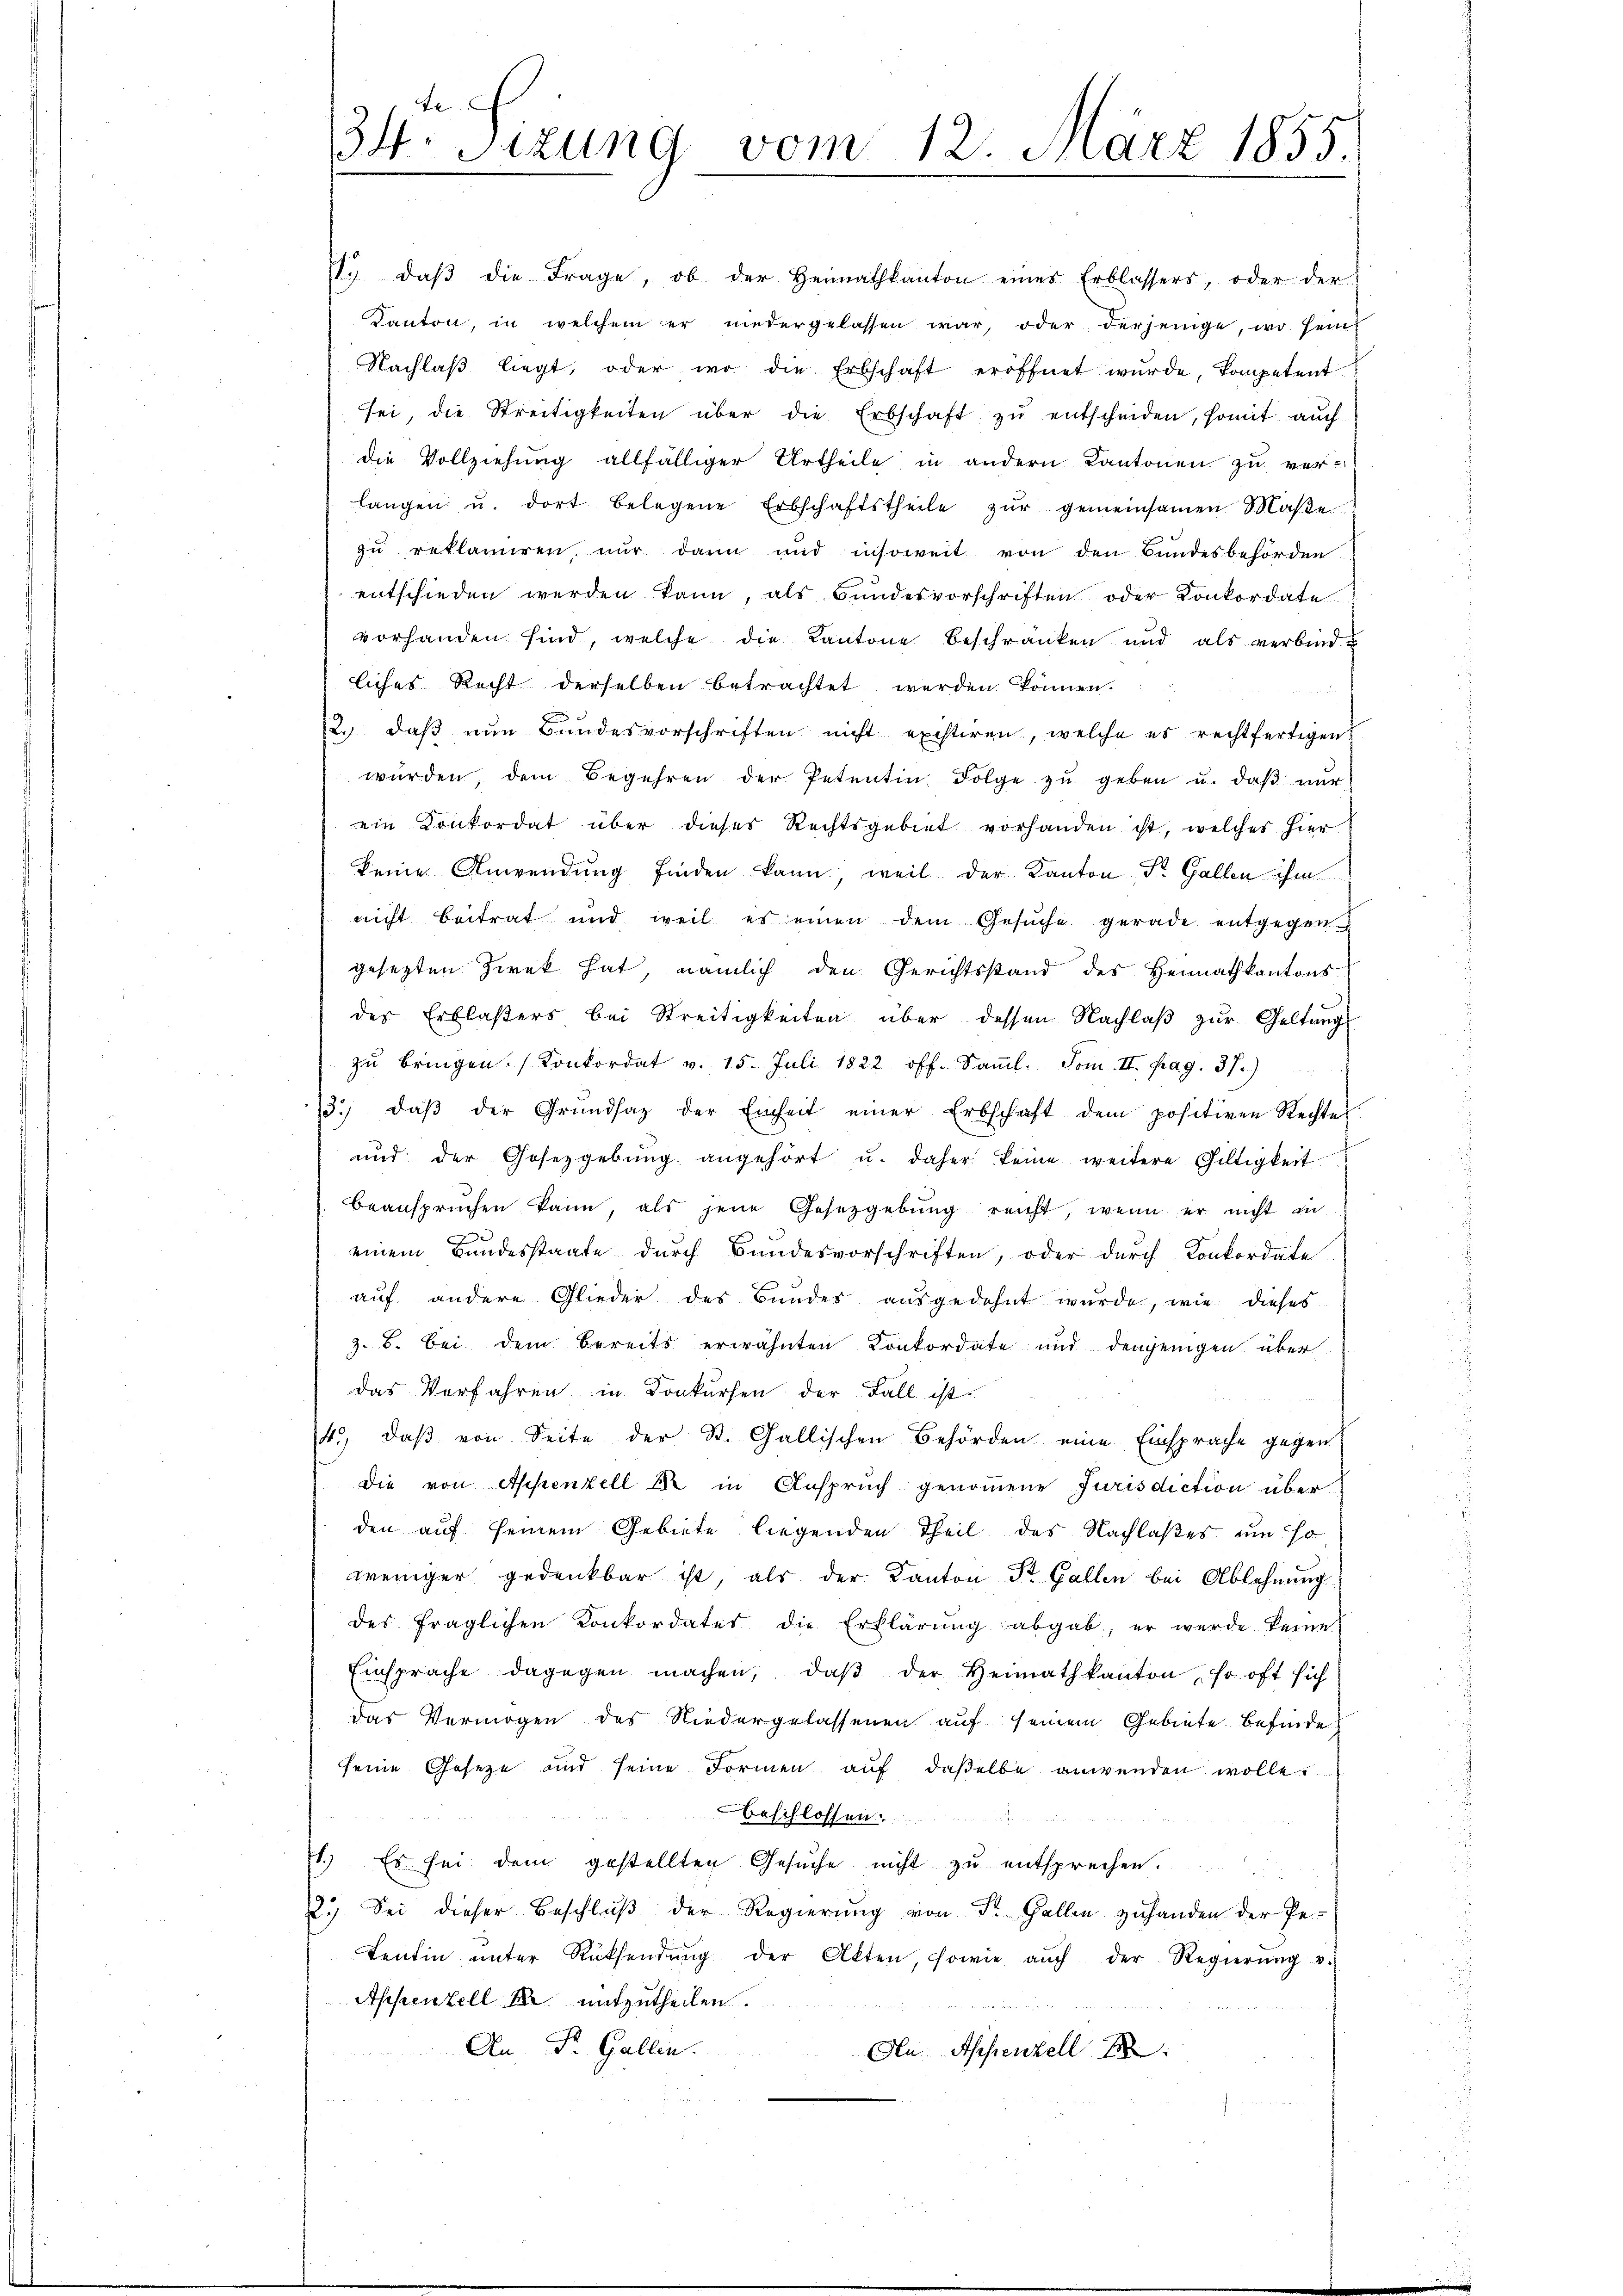
e
34. Sizung vom 12. März 1855.
e

13. daβ die Frage, ob der Heimatkanton eines Erblassers, oder der
Kanton, in welchem er niedergelassen war, oder derjenige, wo sein
Nachlaβ liegt, oder wo die Erbschaft eröffnet wŭrde, kompetent
sei, die Streitigkeiten über die Erbschaft zŭ entscheiden, somit auch
die Vollziehung allfälliger Urtheile in andern Kantonen zu ver-
langen u. dort belegene Erbschaftstheile zŭr gemeinsamen Maβe
zŭ reklamiren, nur dann und insoweit von den Bundesbehörden
entschieden werden kann, als Bundesvorschriften oder Konkordate
vorhanden sind, welche die Kantone beschränken und als verbind-
liches Recht derselben betrachtet werden können.
12. daβ nŭn Bundesvorschriften nicht existiren, welche es rechtfertigen
würden, dem Begehren der Petentin Folge zŭ geben u. daβ nŭr
ein Konkordat über dieser Rechtsgebiet vorhanden ist, welches hier
keine Anwendung finden kann, weil der Kanton Dr. Gallen ihm
nicht beitrat und weil es einen dem Gesŭche gerade entgegengesetzten Zwek hat, nämlich den Gerichtsstand des Heimatkantons
des Erblasers bei Streitigkeiten über dessen Nachlaß zur Geltung
zŭ bringen. (Konkordat v. 15. Juli 1822 off. Saṁl. Tom. II. pag. 37.)
3. daβ der Grŭndsaz der Einheit einer Erbschaft dem positiven Rechtes
ŭnd der Gesezgebŭng angehört u. daher keine weitere Giltigkeit
beansprüchen kann, als jene Gesetzgebŭng reicht, wenn er nicht in
einem Bundesstaate durch Bundesvorschriften, oder durch Konkordate
auf andere Glieder des Bundes ausgedehnt wurde, wie dieses
z. B. bei dem Bereits erwähnten Konkordate und denjenigen über
das Verfahren in Konkursen der Fall ist
4. daβ von Seite der St. Gallischen Behörden eine Einsprache gegen.
Die von Appenzell & in Anspruch genommene Jurisdiction überden auf seinem Gebiete liegenden Theil des Nachlaßes um so
weniger gedenkbar ist, als der Kanton Dr. Gallen bei Ablehnung
des fraglichen Konkordates die Erklärŭng abgab, er werde keine
Einsprache dagegen machen, daβ der Heimathkanton so oft sich
das Vermögen des Niedergelassenen auf seinem Gebiete befinde
seine Geseze und seine Formen aŭf daselbe anwenden wolle.
Aeschlossen
71.) Es sei dem gestellten Gesŭche nicht zŭ entsprechen.
2.) Sei dieser Beschlŭβ der Regierŭng von St. Gallen zŭ handen der Pe-
tentin ŭnter Rücksendŭng der Akten, sowie aŭch der Regierŭng v.
Appenzell er mitzutheilen.
An St. Gallen.
An Appenzell